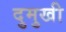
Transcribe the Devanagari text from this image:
दुमुखी